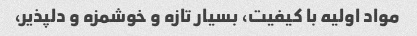
مواد اولیه با کیفیت، بسیار تازه و خوشمزه و دلپذیر،